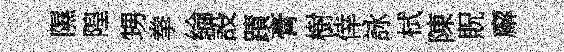
隰隍甥拳綸設蹟膏樹倖詠栻陳貺廨